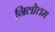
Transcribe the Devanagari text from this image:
निलोत्तम